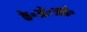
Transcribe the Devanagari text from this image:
के॰ओ॰आई॰